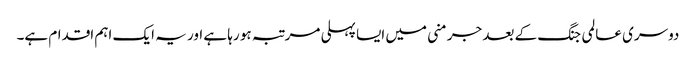
دوسری عالمی جنگ کے بعد جرمنی میں ایسا پہلی مرتبہ ہو رہا ہے اور یہ ایک اہم اقدام ہے۔